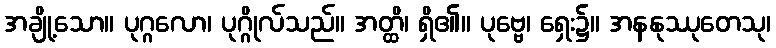
အချို့သော။ ပုဂ္ဂလော၊ ပုဂ္ဂိုလ်သည်။ အတ္ထိ၊ ရှိ၏။ ပုဗ္ဗေ၊ ရှေး၌။ အနနုဿုတေသု၊